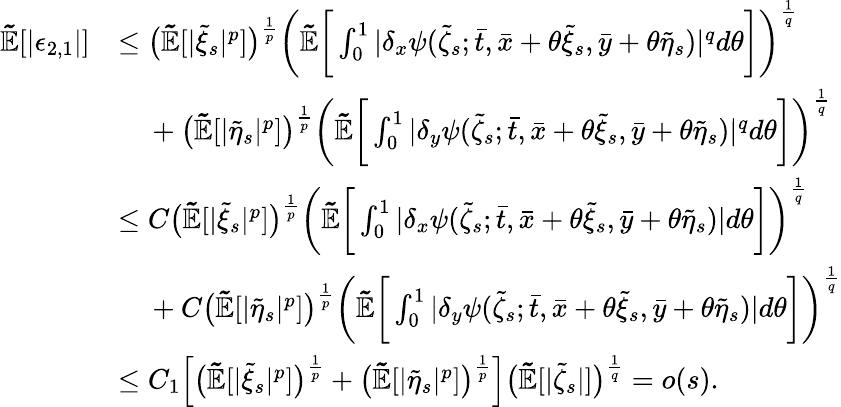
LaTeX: \begin{array}{rl}{\mathbb{\tilde{E}}[|\epsilon_{2,1}|]}&{\leq\big(\mathbb{\tilde{E}}[|\tilde{\xi}_{s}|^{p}]\big)^{\frac{1}{p}}\bigg(\mathbb{\tilde{E}}\bigg[\int_{0}^{1}|\delta_{x}\psi(\tilde{\zeta}_{s};\bar{t},\bar{x}+\theta\tilde{\xi}_{s},\bar{y}+\theta\tilde{\eta}_{s})|^{q}d\theta\bigg]\bigg)^{\frac{1}{q}}}\\ &{\mathrm{~\ ~\ }+\big(\mathbb{\tilde{E}}[|\tilde{\eta}_{s}|^{p}]\big)^{\frac{1}{p}}\bigg(\mathbb{\tilde{E}}\bigg[\int_{0}^{1}|\delta_{y}\psi(\tilde{\zeta}_{s};\bar{t},\bar{x}+\theta\tilde{\xi}_{s},\bar{y}+\theta\tilde{\eta}_{s})|^{q}d\theta\bigg]\bigg)^{\frac{1}{q}}}\\ &{\leq C\big(\mathbb{\tilde{E}}[|\tilde{\xi}_{s}|^{p}]\big)^{\frac{1}{p}}\bigg(\mathbb{\tilde{E}}\bigg[\int_{0}^{1}|\delta_{x}\psi(\tilde{\zeta}_{s};\bar{t},\bar{x}+\theta\tilde{\xi}_{s},\bar{y}+\theta\tilde{\eta}_{s})|d\theta\bigg]\bigg)^{\frac{1}{q}}}\\ &{\mathrm{~\ ~\ }+C\big(\mathbb{\tilde{E}}[|\tilde{\eta}_{s}|^{p}]\big)^{\frac{1}{p}}\bigg(\mathbb{\tilde{E}}\bigg[\int_{0}^{1}|\delta_{y}\psi(\tilde{\zeta}_{s};\bar{t},\bar{x}+\theta\tilde{\xi}_{s},\bar{y}+\theta\tilde{\eta}_{s})|d\theta\bigg]\bigg)^{\frac{1}{q}}}\\ &{\leq C_{1}\Big[\big(\mathbb{\tilde{E}}[|\tilde{\xi}_{s}|^{p}]\big)^{\frac{1}{p}}+\big(\mathbb{\tilde{E}}[|\tilde{\eta}_{s}|^{p}]\big)^{\frac{1}{p}}\Big]\big(\mathbb{\tilde{E}}[|\tilde{\zeta}_{s}|]\big)^{\frac{1}{q}}=o(s).}\end{array}